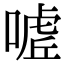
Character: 𭊌